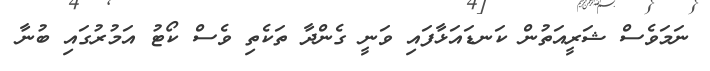
ނަމަވެސް ޝަރީއަތުން ކަނޑައަޅާފައި ވަނީ ގެންދާ ތަކެތި ވެސް ކޯޓު އަމުރުގައި ބުނާ